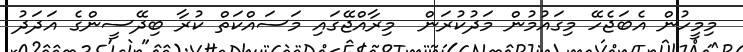
މިމީހުން އެބަޖެހޭ މިގައުމުން މަދުކުރަން  މިރާއްޖޭގައި މަސައްކަތް ކުރާ ބިދޭސީންގެ އަދަދު